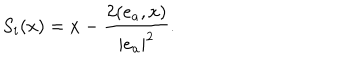
S _ { i } ( x ) = x - \frac { 2 ( e _ { a } , x ) } { | e _ { a } | ^ { 2 } } .